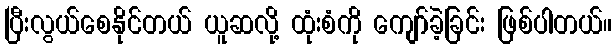
ပြီးလွယ်စေနိုင်တယ် ယူဆလို့ ထုံးစံကို ကျော်ခဲ့ခြင်း ဖြစ်ပါတယ်။